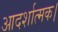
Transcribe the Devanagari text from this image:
आदर्शात्मक।